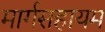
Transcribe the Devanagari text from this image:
मार्गसहायम